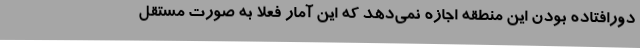
دورافتاده بودن این منطقه اجازه نمی‌دهد که این آمار فعلا به صورت مستقل